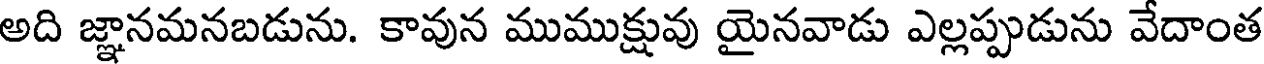
అది జ్ఞానమనబడును. కావున ముముక్షువు యైనవాడు ఎల్లప్పుడును వేదాంత